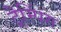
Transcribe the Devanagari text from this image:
ट्रैम्पिंग